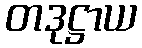
တဒုဋ္ဌာယ